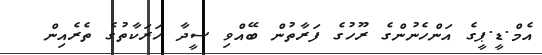
އެމް.ޑީ.ޕީގެ އަންހެނުންގެ ރޫހުގެ ފަރާތުން ބޭއްވި ސީދާ ހަރަކާތުގެ ތެރެއިން